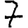
Digit: 7